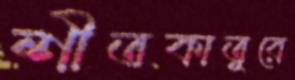
শীতকাতুরে